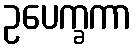
ဥပေက္ခကာ